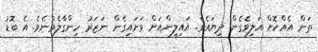
ތަން އެއްކޮށްް އަލިވެގެން ދިޔައެވެ. އައިލީންއަށް ވަށައިގެން ނަޒަރު ހިންގާލެވުނެވެ. އެ ބޮޑު